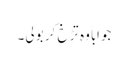
جواباً وہ تڑخ کر بولی۔